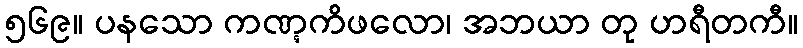
၅၆၉။ ပနသော ကဏ္ဋကိဖလော၊ အဘယာ တု ဟရီတကီ။